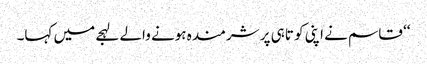
‘‘ قاسم نے اپنی کو تاہی پر شرمندہ ہونے والے لہجے میں کہا۔